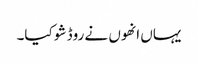
یہاں انھوں نے روڈ شو کیا۔